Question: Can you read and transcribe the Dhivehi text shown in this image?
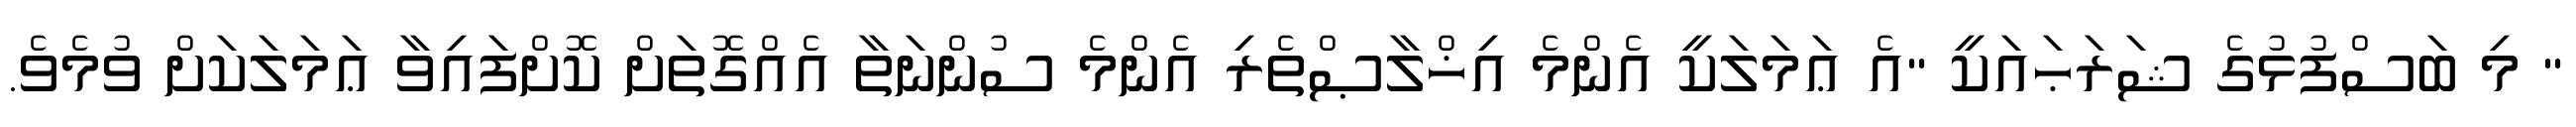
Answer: " މި ބަސްފުޅުގެ ޝަރަޙައަކީ "އެ ޢަމަލަކީ އެންމެ އިޚްލާޞްތެރި އެންމެ ސުންނަތާ އެއްގޮތަށް ކޮށްފައިވާ ޢަމަލަކަށް ވުމެވެ.